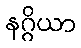
နဂ္ဂိယာ